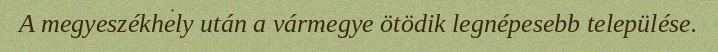
A megyeszékhely után a vármegye ötödik legnépesebb települése.